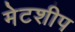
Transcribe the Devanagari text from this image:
मेटशीप